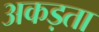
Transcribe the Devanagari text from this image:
अकड़ता